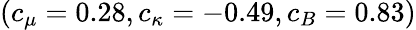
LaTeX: (c_{\mu}=0.28,c_{\kappa}=-0.49,c_{B}=0.83)